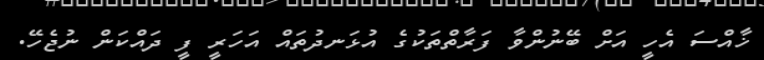
ޚާއްސަ އެހީ އަށް ބޭނުންވާ ފަރާތްތަކުގެ އުޅަނދުތައް އަހަރީ ފީ ދައްކަން ނުޖެހޭ.